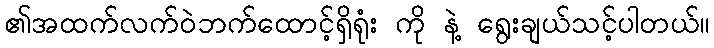
၏အထက်လက်ဝဲဘက်ထောင့်ရှိရုံး ကို နဲ့ ရွေးချယ်သင့်ပါတယ်။